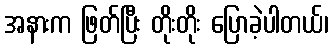
အနားက ဖြတ်ပြီး တိုးတိုး ပြောခဲ့ပါတယ်၊